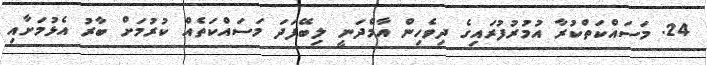
24. މަސައްކަތްކުރާ އުމުރުފުރައިގެ ދިވެހިން އާމްދަނީ ލިބޭފަދަ މަސައްކަތެއް ކުރުމަށް ބާރު އެޅުމަށާއި